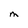
Character: M